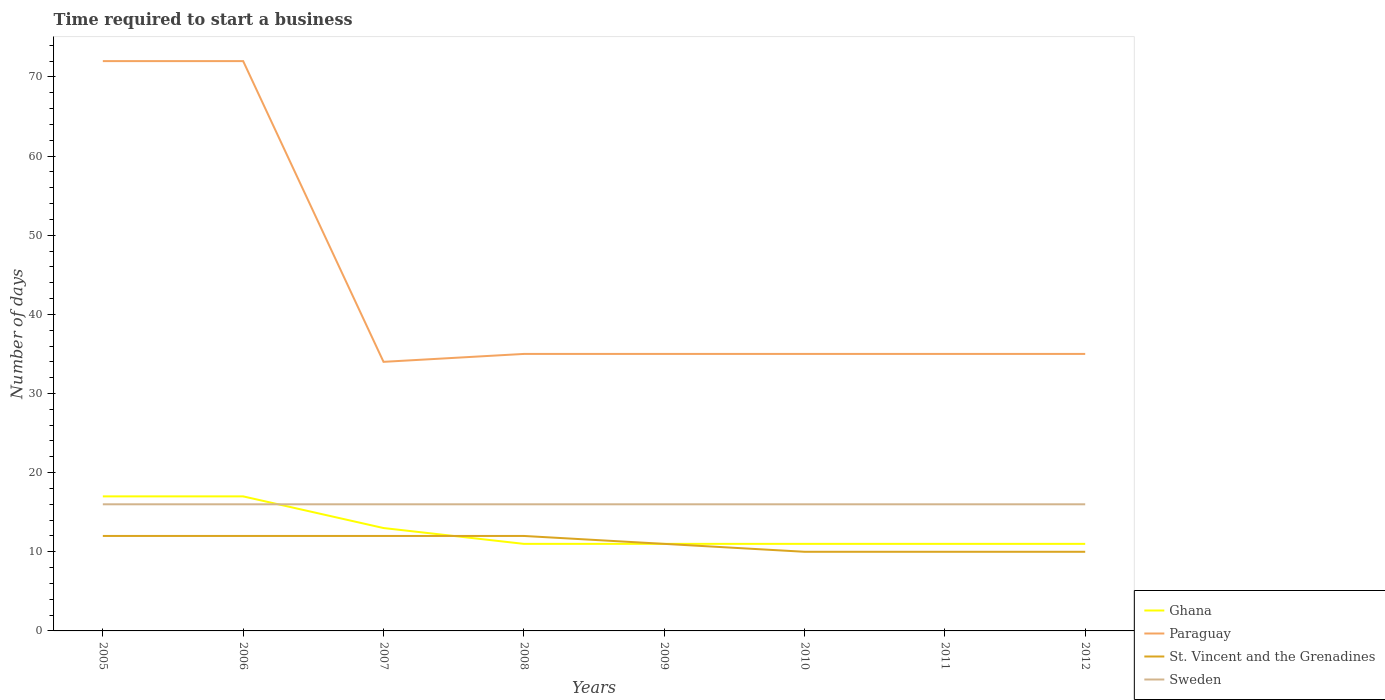
| Years | Ghana | Paraguay | St. Vincent and the Grenadines | Sweden |
 | --- | --- | --- | --- | --- |
 | 2005 | 17 | 72 | 12 | 16 |
 | 2006 | 17 | 72 | 12 | 16 |
 | 2007 | 13 | 34 | 12 | 16 |
 | 2008 | 11 | 35 | 12 | 16 |
 | 2009 | 11 | 35 | 11 | 16 |
 | 2010 | 11 | 35 | 10 | 16 |
 | 2011 | 11 | 35 | 10 | 16 |
 | 2012 | 11 | 35 | 10 | 16 |